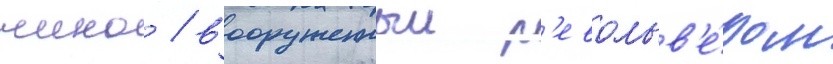
чино / вооруженныи р'евольв'е́ром